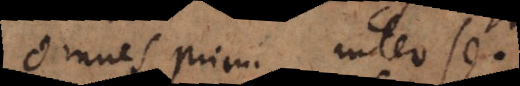
omnes primi inter se.